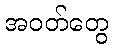
အဝတ်တွေ